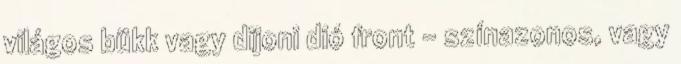
világos bükk vagy dijoni dió front - színazonos, vagy